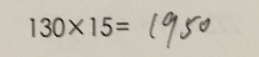
1 3 0 \times 1 5 = 1 9 5 0